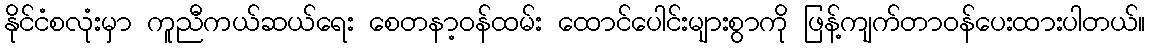
နိုင်ငံစလုံးမှာ ကူညီကယ်ဆယ်ရေး စေတနာ့ဝန်ထမ်း ထောင်ပေါင်းများစွာကို ဖြန့်ကျက်တာဝန်ပေးထားပါတယ်။